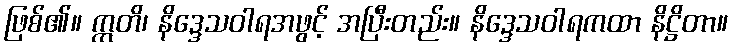
ဖြစ်၏။ ဣတိ၊ နိဒ္ဒေသဝါရအဖွင့် အပြီးတည်း။ နိဒ္ဒေသဝါရကထာ နိဋ္ဌိတာ။